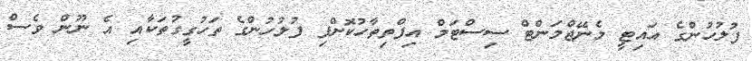
ފުލުހުންގެ އައިޓީ މެނޭޖްމަންޓް ސިސްޓަމް އިފްތިތާހުކޮށްފި ފުލުހުންގެ ތަހުގީގުތަކާއި އެ ނޫން ވެސް